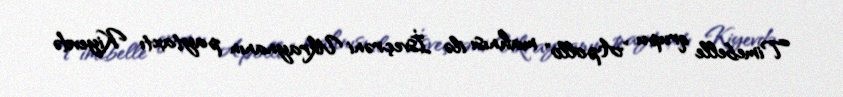
Timebelle qrupu "Apollo" mahnısı ilə İsveçrəni Ukraynanın paytaxtı Kiyevdə